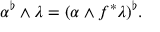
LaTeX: \alpha ^ { \flat } \wedge \lambda = ( \alpha \wedge f ^ { * } \lambda ) ^ { \flat } .